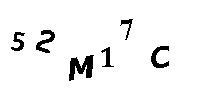
52M17C